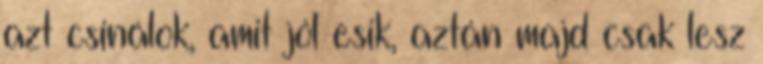
azt csinálok, amit jól esik, aztán majd csak lesz